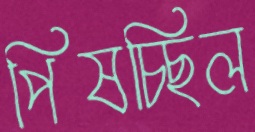
পিষচ্ছিল